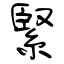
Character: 緊